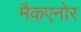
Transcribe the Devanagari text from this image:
मैकएनोर